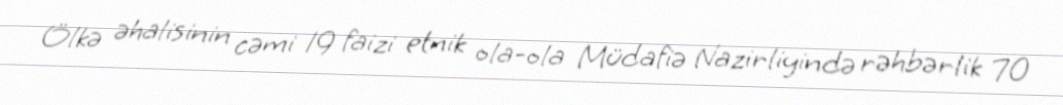
Ölkə əhalisinin cəmi 19 faizi etnik ola-ola Müdafiə Nazirliyində rəhbərlik 70